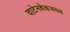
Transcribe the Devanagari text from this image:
वाटेनबेकजवळ